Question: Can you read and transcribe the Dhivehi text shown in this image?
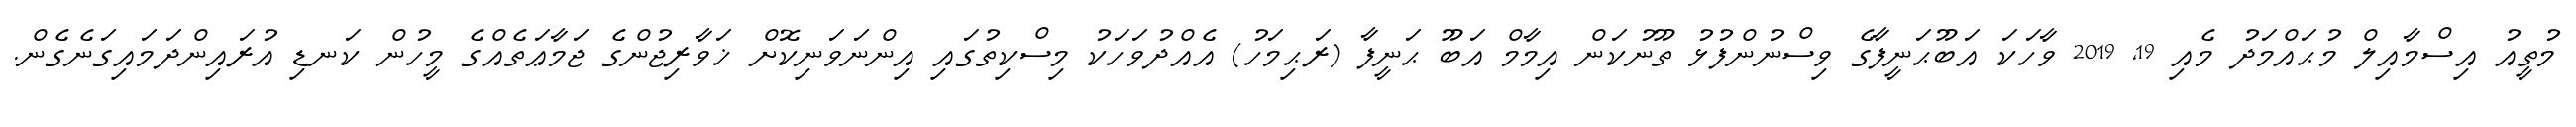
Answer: މުތީއު އިސްމާއިލް މުޙައްމަދު މެއި 19, 2019 ވާހަކަ އަބޫޙަނީފާގެ ވިސްނުންފުޅު ތޫނުކަން އިމާމް އަބޫ ޙަނީފާ (ރަޙިމަހު) އެއްދުވަހަކު މިސްކިތުގައި އިންނަވަނިކޮށް ޚަވާރިޖުންގެ ޖަމާޢަތެއްގެ މީހުން ކަނޑި އުރައިންދަމައިގަނެގެން.